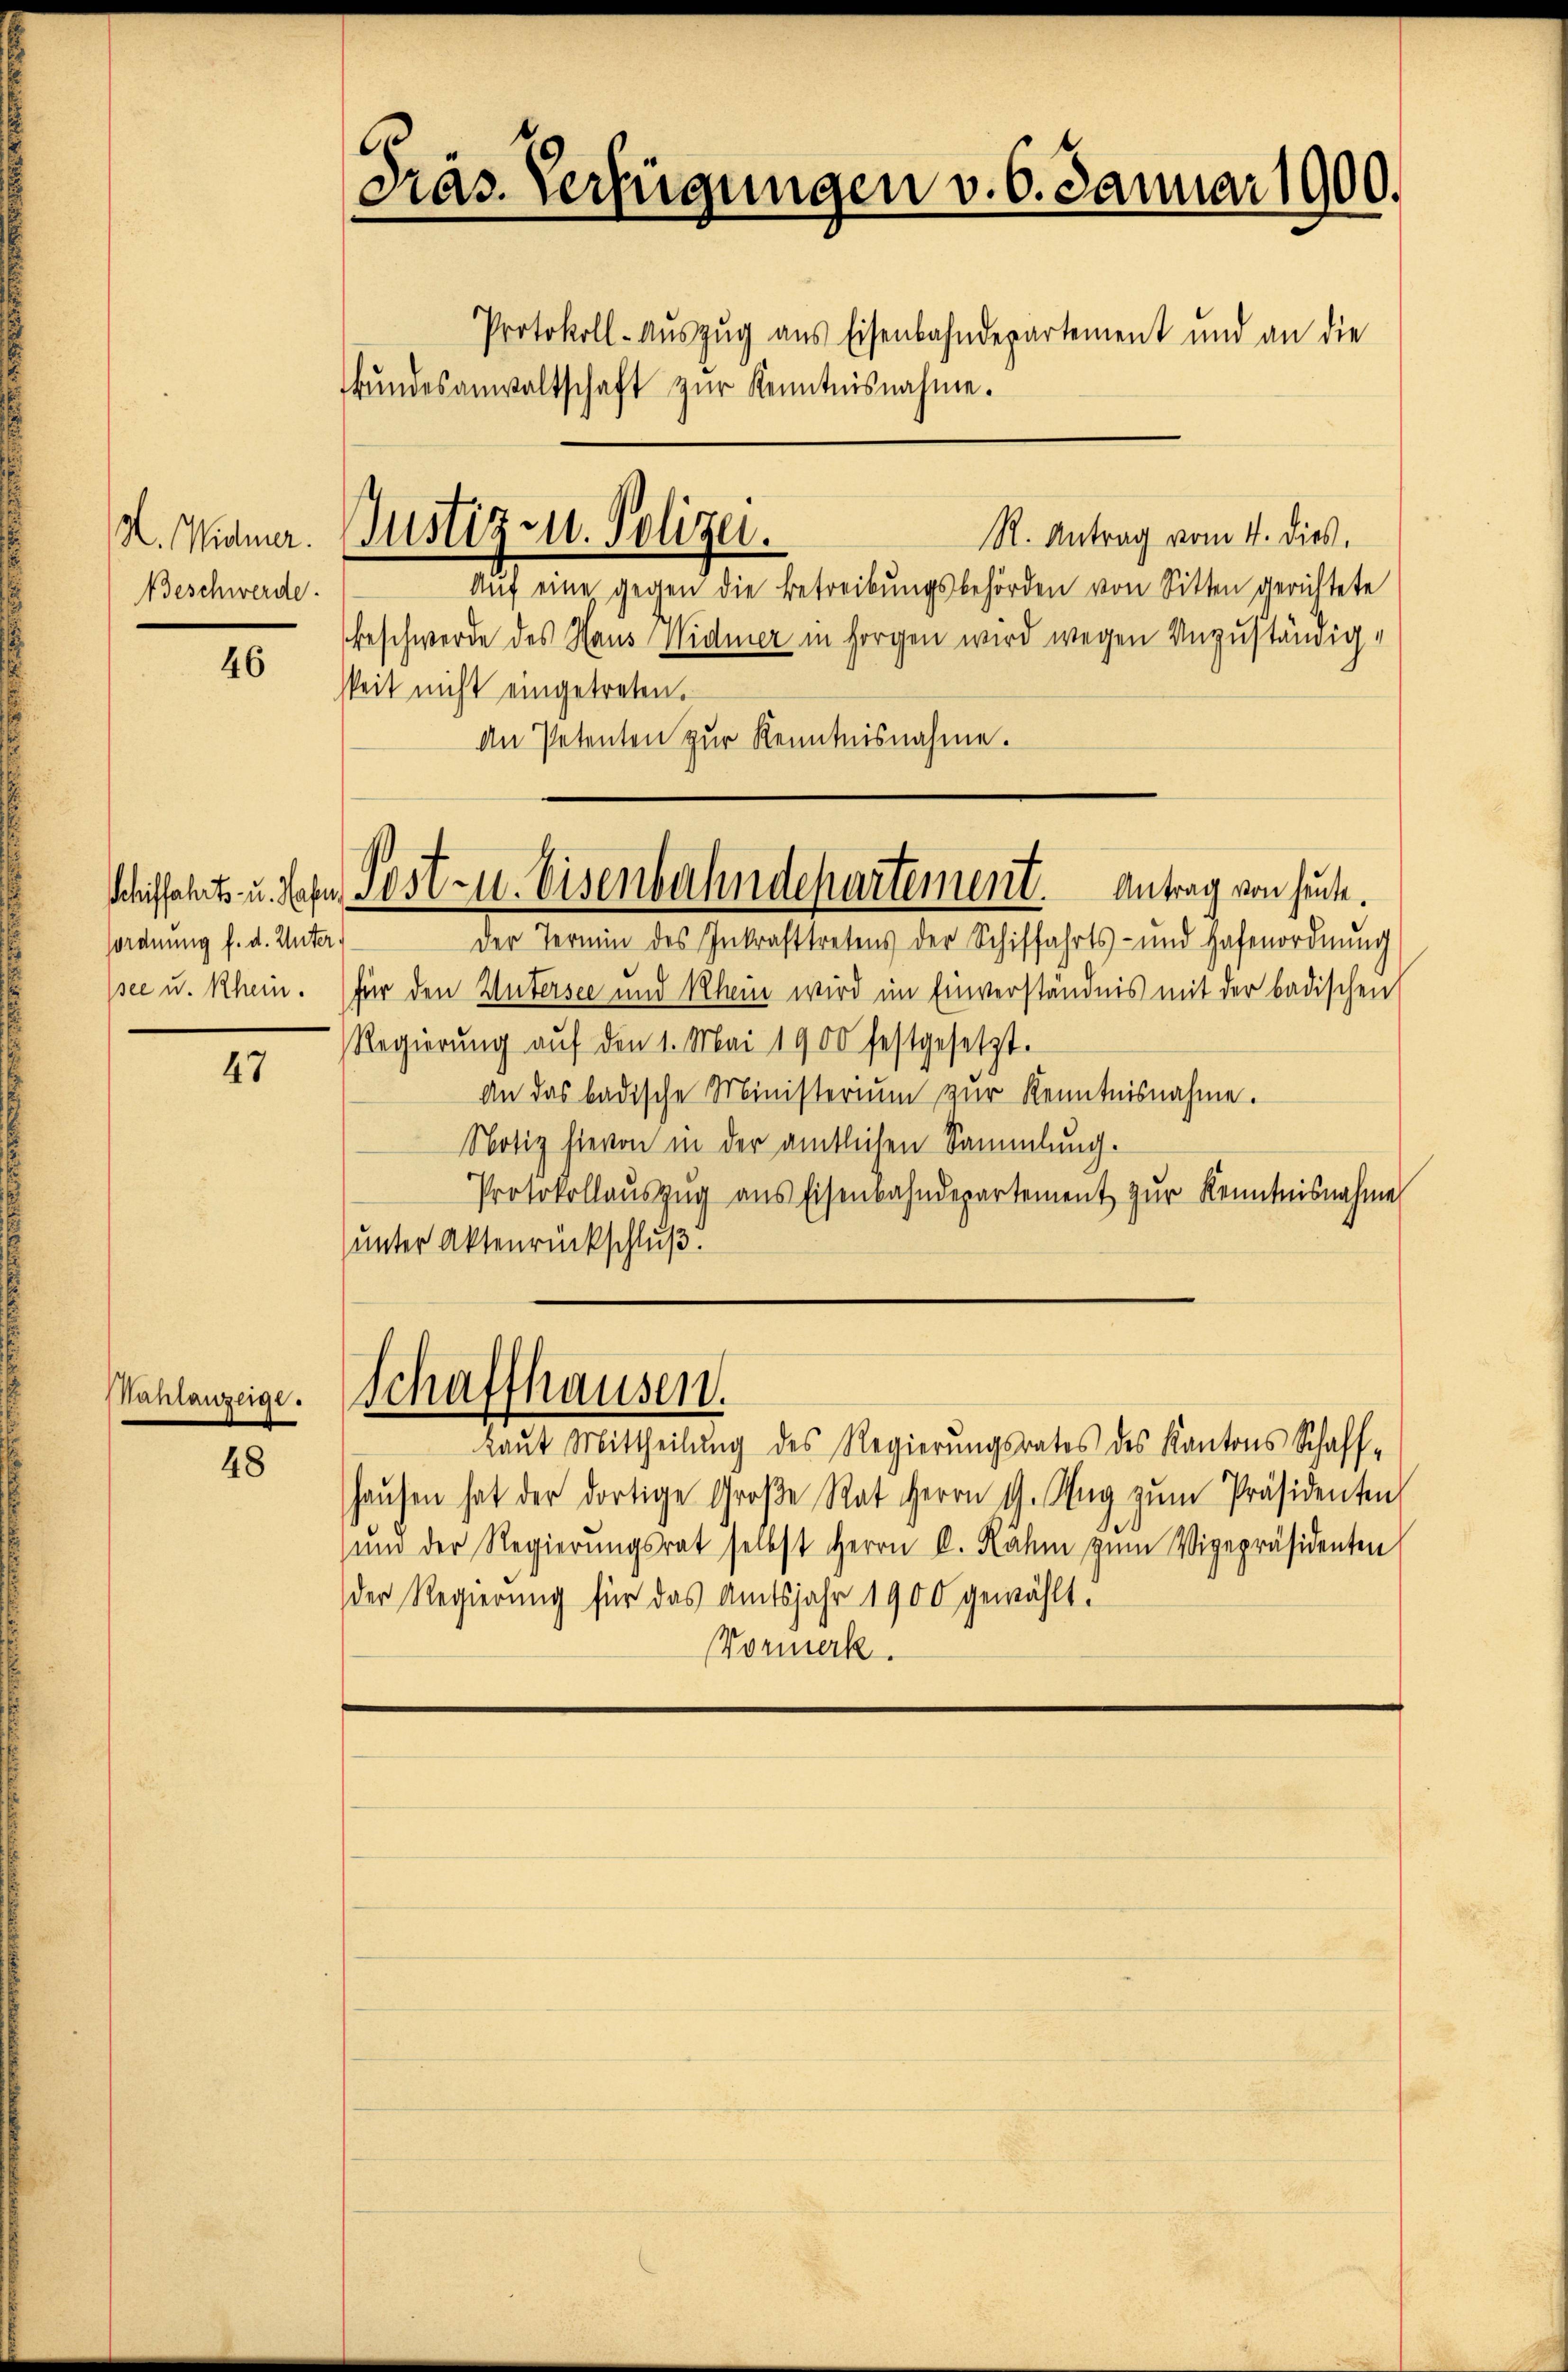
I. Widmer.
Beschwerde.

46

fordnung f. d. Unter.

47

Kahlanzeige.

48

.
Präs. Verfügungen v. 6. Januar 1900.
Protokoll-Auszug aus Eisenbahndepartement und an die
kŭndesanwaltschaft zŭr Kenntnisnahme.

R. Antrag vom 4. dies
Aŭf eine gegen die Betreibŭngsbehörden von Sitten gerichtete
beschwerde des Haus Widmer in Horgen wird wegen Unzuständigkeit nicht eingetreten.
An Petenten zŭr Kenntnisnahme.
ssee u. Rhein. Für den Untersee und Rhein wird im Einverständnis mit der badischen
Regierŭng aŭf den 1. Mai 1900 festgesetzt.
An das badische Ministerium zur Kenntnisnahme.
Notiz hievon in der amtlichen Sammlung.
Protokollaŭszŭg ans Eisenbahndepartement zŭr Kenntnisnahme
unter Aktenrückschluß!
Schaffhausen.
laŭt Mittheilŭng des Regierŭngsrates des Kantons Schaff-
haŭsen hat der dortige Große Rat Herrn G. Aŭg zŭm Präsidenten
ŭnd der Regierŭngsrat selbst Herrn C. Rähm zŭm Vigepräsidenten
der Regierung für das Amtsjahr 1900 gewählt.
Vormerk

Justiz- u. Polizei.

Schiffahrts- u. Sache Post- u. Eisenbahndepartement. Antrag von heute.
der Termin des Inkrafttretens der Schiffahrts- und Hafenordnŭng